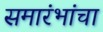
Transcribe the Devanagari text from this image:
समारंभांचा